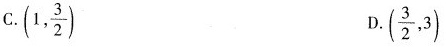
C. (1, \frac{3}{2}) D. ( \frac{3}{2},3)